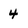
Character: 4